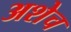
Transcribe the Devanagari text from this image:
अशेच